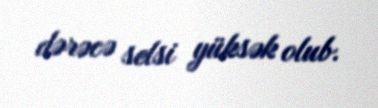
dərəcə selsi yüksək olub.